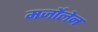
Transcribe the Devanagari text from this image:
मर्जोलेन